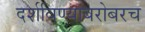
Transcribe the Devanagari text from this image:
दर्शविण्याबरोबरच